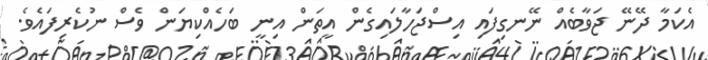
އެކަމާ ދޭނޭ ޖަވާބެއް ނޭނގިފައި އިސްޖަހާލައިގެން އީތަން އިނީ ބަހެއްކިޔަން ވެސް ނުކެރިފައެވެ.